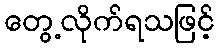
တွေ့လိုက်ရသဖြင့်